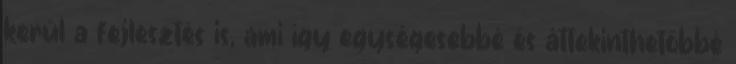
kerül a fejlesztés is, ami így egységesebbé és áttekinthetőbbé